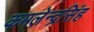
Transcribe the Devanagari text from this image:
कमलेन्द्रसिंह